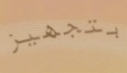
بتجهيز